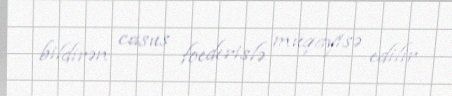
bildirən casus foederislə müqayisə edilir.